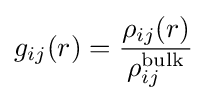
g_{ij}(r)={\frac {\rho _{ij}(r)}{\rho _{ij}^{\text{bulk}}}}